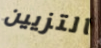
التزيين